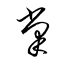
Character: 掌